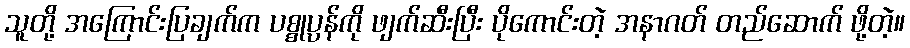
သူတို့ အကြောင်းပြချက်က ပစ္စုပ္ပန်ကို ဖျက်ဆီးပြီး ပိုကောင်းတဲ့ အနာဂတ် တည်ဆောက် ဖို့တဲ့။